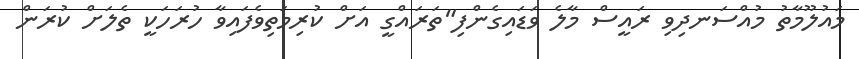
މައުލޫމާތު މުއްސަނދިވި ރައީސް މާލެ ވަޑައިގެންފި"ތަރައްގީ އަށް ކުރިމަތިވެފައިވާ ހުރަހަކީ ތެލަށް ކުރަން